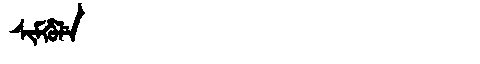
Manchu: ᠰᡳᠮᡥᡠᠯᡝ
Romanization: SIMHULE